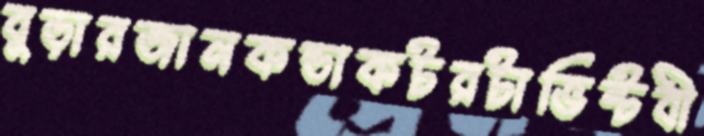
বুড়ারজানকন্ডাকটরটাভিন্টবী